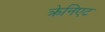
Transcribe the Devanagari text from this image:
क्रेनिएट